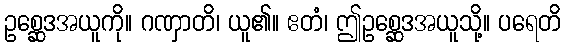
ဥစ္ဆေဒအယူကို။ ဂဏှာတိ၊ ယူ၏။ ဧတံ၊ ဤဥစ္ဆေဒအယူသို့။ ပရေတိ